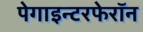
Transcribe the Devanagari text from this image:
पेगाइन्टरफेरॉन